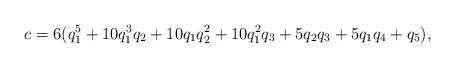
LaTeX: \begin{align*}c &= 6 (q_1^5 + 10 q_1^3 q_2 + 10 q_1 q_2^2 + 10 q_1^2 q_3 + 5 q_2 q_3 + 5 q_1 q_4 + q_5), \end{align*}